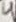
Text: 4